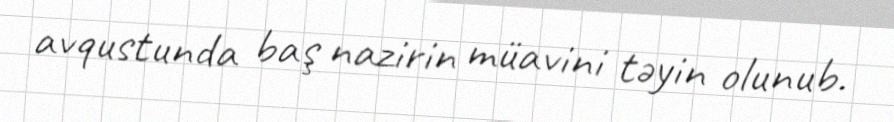
avqustunda baş nazirin müavini təyin olunub.